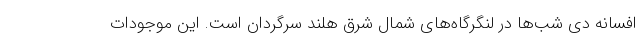
افسانه دی شب‌ها در لنگرگاه‌های شمال شرق هلند سرگردان است. این موجودات